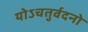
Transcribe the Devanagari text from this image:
योऽचतुर्वदनो